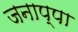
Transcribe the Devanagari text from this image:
जनाप्पा